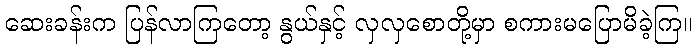
ဆေးခန်းက ပြန်လာကြတော့ နွယ်နှင့် လှလှစောတို့မှာ စကားမပြောမိခဲ့ကြ။